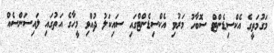
މަގުމަތީގެ އެކްސިޑެންޓް ސޮބާހު މަރުވި އެކްސިޑެންޓްގައި ސައިކަލު ދުއްވި މީހާގެ އަތުގައި ލައިސަންސެއް